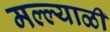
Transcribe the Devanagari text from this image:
मल्ल्याळी